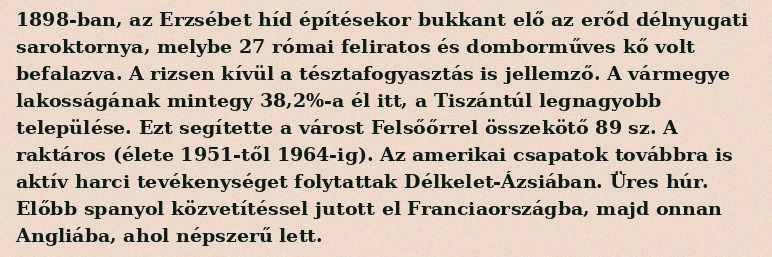
1898-ban, az Erzsébet híd építésekor bukkant elő az erőd délnyugati saroktornya, melybe 27 római feliratos és domborműves kő volt befalazva. A rizsen kívül a tésztafogyasztás is jellemző. A vármegye lakosságának mintegy 38,2%-a él itt, a Tiszántúl legnagyobb települése. Ezt segítette a várost Felsőőrrel összekötő 89 sz. A raktáros (élete 1951-től 1964-ig). Az amerikai csapatok továbbra is aktív harci tevékenységet folytattak Délkelet-Ázsiában. Üres húr. Előbb spanyol közvetítéssel jutott el Franciaországba, majd onnan Angliába, ahol népszerű lett.